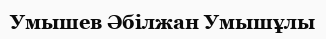
Умышев Әбілжан Умышұлы